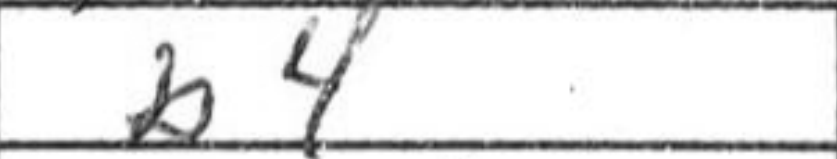
Transcription: b4